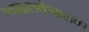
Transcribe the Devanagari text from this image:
ग्वादालकॅनालवर